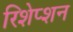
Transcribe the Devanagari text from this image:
रिशेप्शन